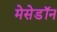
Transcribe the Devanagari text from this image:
मेसेडॉन